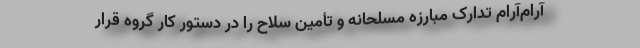
آرام‌آرام تدارک مبارزه مسلحانه و تأمین سلاح را در دستور کار گروه قرار